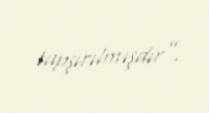
tapşırılmışdır”.